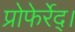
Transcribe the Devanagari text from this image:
प्रोफेर्रेद्।